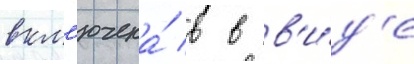
вкл'ючена́ в в в'и́д'е